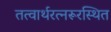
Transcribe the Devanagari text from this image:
तत्वार्थरत्नरूरस्थित